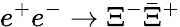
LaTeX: e^{+}e^{-}\to\Xi^{-}\bar{\Xi}^{+}